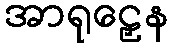
အာရုဠှေန